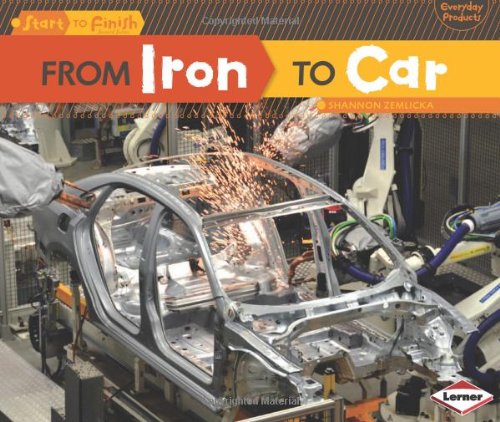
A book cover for From Iron to Car (Start to Finish, Second Series: Everyday Products); Shannon Zemlicka; Children's Books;